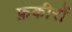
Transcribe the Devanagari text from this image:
फ़कीरों